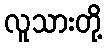
လူသားတို့